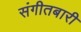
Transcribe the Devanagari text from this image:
संगीतबारी